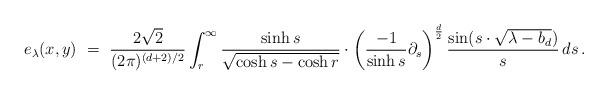
LaTeX: \begin{align*}e_\lambda(x, y)~=~\frac{2\sqrt 2}{(2\pi)^{(d+2)/2}} \int_r^\infty \frac{\sinh s}{\sqrt{\cosh s -\cosh r}} \cdot \left( \frac{-1}{\sinh s} \partial_s \right)^{\frac{d}{2}} \frac{\sin (s \cdot \sqrt{\lambda - b_d})}{s}\,ds\,.\end{align*}